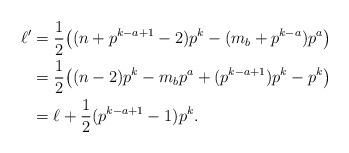
LaTeX: \begin{align*}\ell' &= \frac{1}{2} \big((n+p^{k-a+1}-2)p^k-(m_b+p^{k-a})p^a\big) \\ &= \frac{1}{2}\big( (n-2)p^k- m_bp^a + (p^{k-a+1})p^k -p^k\big) \\ & = \ell + \frac{1}{2}(p^{k-a+1}-1)p^k.\end{align*}